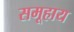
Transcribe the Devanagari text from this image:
समूहाय